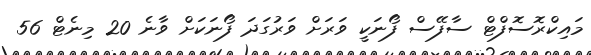
މައިކްރޮސޮފްޓް ސާފޭސް ފޯނަކީ ވަރަށް ވަރުގަދަ ފޯނަކަށް ވާނެ 20 މިނެޓް 56